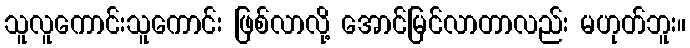
သူလူကောင်းသူကောင်း ဖြစ်လာလို့ အောင်မြင်လာတာလည်း မဟုတ်ဘူး။